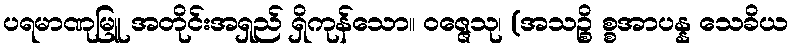
ပရမာဏုမြူ အတိုင်းအရှည် ရှိကုန်သော။ ဝဇ္ဇေသု၊ (အသဉ္စိ စ္စအာပန္န သေခိယ